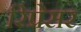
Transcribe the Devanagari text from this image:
रिप्रेसर